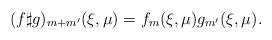
LaTeX: \begin{align*} (f\sharp g)_{m+m'}(\xi,\mu) = f_m(\xi,\mu) g_{m'}(\xi,\mu) .\end{align*}